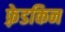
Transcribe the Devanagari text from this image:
फ़्रेडकिन